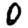
Digit: 0